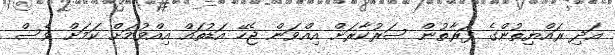
އަދި ރައްޔިތުންގެ ފަރާތުން ސަރުކާރަށް އިއްވަން ޖެހޭ އަޑުތައް އިއްވުމަށް ކަމަށް ވެސް